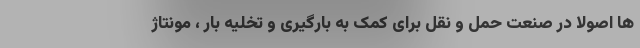
ها اصولا در صنعت حمل و نقل برای کمک به بارگیری و تخلیه بار ، مونتاژ